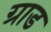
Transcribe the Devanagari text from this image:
ग्राड